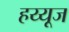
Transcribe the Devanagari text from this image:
हय्यूज